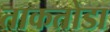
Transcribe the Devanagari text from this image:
ताकतोडा